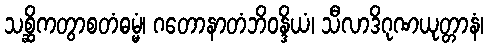
သစ္ဆိကတွာစတံဓမ္မံ၊ ဂတောနာတံဘိဝန္ဒိယံ၊ သီလာဒိဂုဏယုတ္တာနံ၊